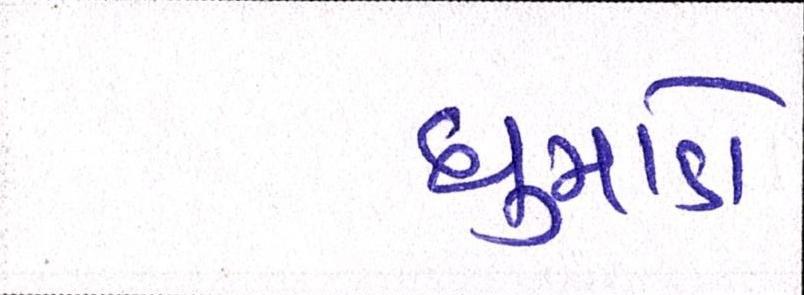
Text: ધુમાડો